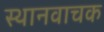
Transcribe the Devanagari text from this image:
स्थानवाचक